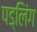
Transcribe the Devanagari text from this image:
पड्लिंग